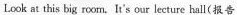
Look at this big room.It's our lecture hall(报告